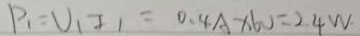
P _ { 1 } = U _ { 1 } I _ { 1 } = 0 . 4 A \times 6 0 = 2 4 W